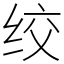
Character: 绞